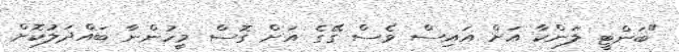
"ބަންޓީ ލަންކާ އަށް އައިސް ވެސް ގޭގެ އަށް ގޮސް މީހުންނާ ބައްދަލުކޮށް